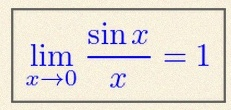
\lim_{x\to0}\frac{\sin x}{x}=1